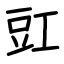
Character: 豇